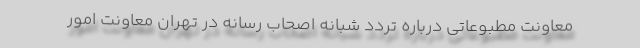
معاونت مطبوعاتی درباره تردد شبانه اصحاب رسانه در تهران معاونت امور